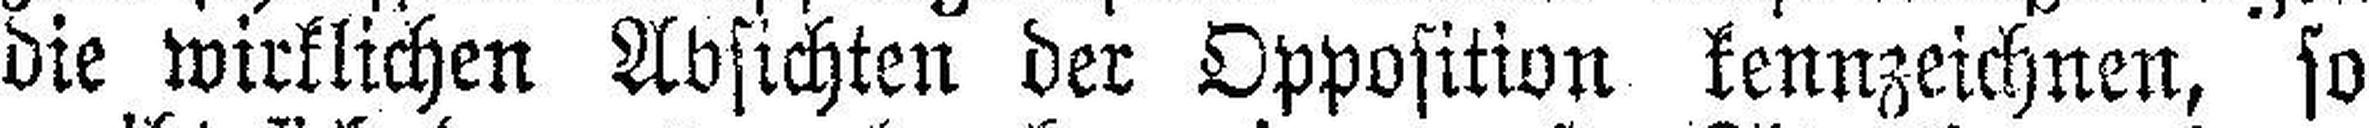
die wirklichen Absichten der Opposition kennzeichnen, so